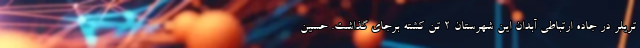
تریلر در جاده ارتباطی آبدان این شهرستان ۲ تن کشته برجای گذاشت. حسین